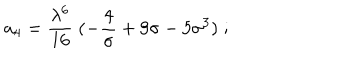
LaTeX: a _ { 4 } = { \frac { \lambda ^ { 6 } } { 1 6 } } \; ( - { \frac { 4 } { \sigma } } + 9 \sigma - 5 \sigma ^ { 3 } ) \; ;